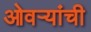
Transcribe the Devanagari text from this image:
ओवऱ्यांची